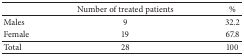
<table><thead><tr><td><b> </b></td><td><b>Number of treated patients</b></td><td><b>%</b></td></tr></thead><tbody><tr><td>Males</td><td>9</td><td>32.2</td></tr><tr><td>Female</td><td>19</td><td>67.8</td></tr><tr><td>Total</td><td>28</td><td>100</td></tr></tbody></table>